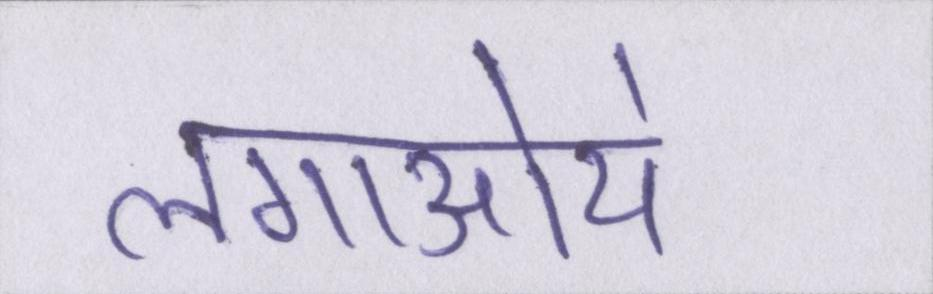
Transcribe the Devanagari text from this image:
लगाऒये